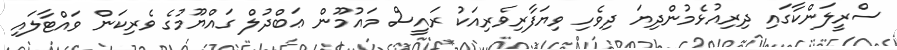
ސްރީލަންކާގައި ދިރިއުޅެމުންދިޔަ ދިވެހި ވިޔަފާރިވެރިއަކު ރައީސް މައުމޫން ޢަބްދުލް ގައްޔޫމުގެ ވެރިކަން ވައްޓާލައި